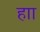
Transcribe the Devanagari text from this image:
हाा